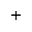
+